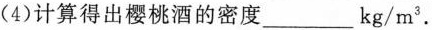
(4)计算得出樱桃酒的密度____kg/m^{3}.